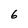
Character: 6